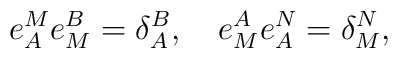
e^M_Ae^B_M=\delta^B_A,\quad e^A_Me^N_A=\delta^N_M,